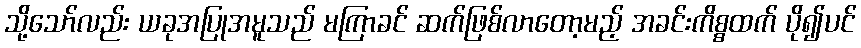
သို့သော်လည်း ယခုအပြုအမူသည် မကြာခင် ဆက်ဖြစ်လာတော့မည့် အခင်းကိစ္စထက် ပို၍ပင်